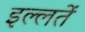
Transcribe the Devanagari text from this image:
इल्लतें